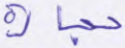
حجارة